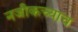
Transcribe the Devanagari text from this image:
नजीकच्याच